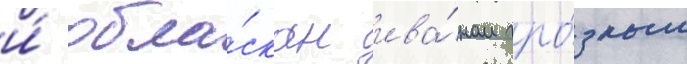
и́ обла́скан ива́ном гро́зным